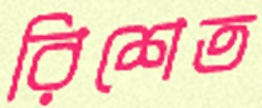
রিশেত